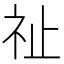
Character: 祉